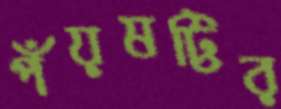
পঁয়ষট্টির